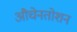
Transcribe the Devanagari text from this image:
औचेनतोशन